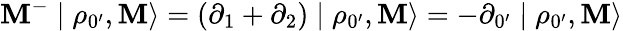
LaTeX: \mathbf{M}^{-}\mid\rho_{0^{\prime}},\mathbf{M}\rangle=(\partial_{1}+\partial_{2})\mid\rho_{0^{\prime}},\mathbf{M}\rangle=-\partial_{0^{\prime}}\mid\rho_{0^{\prime}},\mathbf{M}\rangle